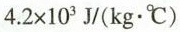
$$4.2 \times 10^{3}J/(kg \cdot C)$$